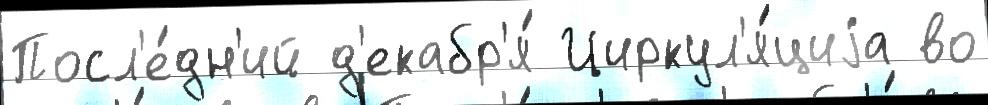
Посл'е́дн'ий д'екабр'я́ Циркул'я́циjа во